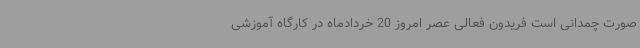
صورت چمدانی است فریدون فعالی عصر امروز 20 خردادماه در کارگاه آموزشی